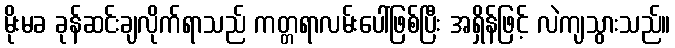
မိုးမခ ခုန်ဆင်းချလိုက်ရာသည် ကတ္တရာလမ်းပေါ်ဖြစ်ပြီး အရှိန်ဖြင့် လဲကျသွားသည်။